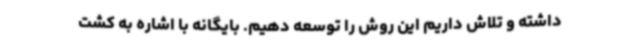
داشته و تلاش داریم این روش را توسعه دهیم. بایگانه با اشاره به کشت